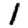
Digit: 1